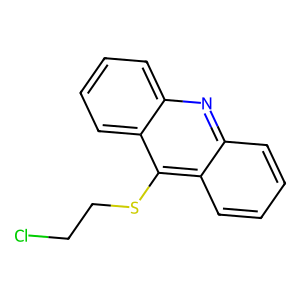
SMILES: ClCCSc1c2ccccc2nc2ccccc12
Inhibits HIV replication: No